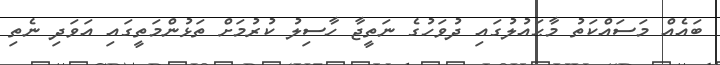
ބައެއް މަސައްކަތު މާޙައުލުގައި ދުވަހުގެ ނަތީޖާ ހާސިލު ކުރުމަށް ތަޅުންމަތީގައި އަވަދި ނެތި